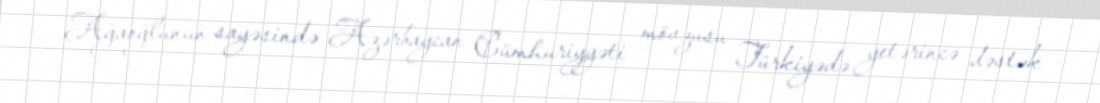
Ağaoğlunun sayəsində Azərbaycan Cümhuriyyəti mövzusu Türkiyədə yetərincə dəstək